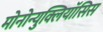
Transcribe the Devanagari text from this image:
मोनोन्युक्लियॉसिस